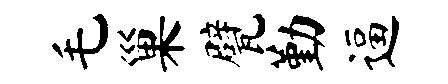
毛巢甓勤逼